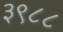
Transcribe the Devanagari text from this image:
३९८८